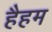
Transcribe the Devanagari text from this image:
हैहम